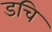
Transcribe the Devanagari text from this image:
डचि